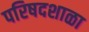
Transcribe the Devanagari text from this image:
परिषदशाळा